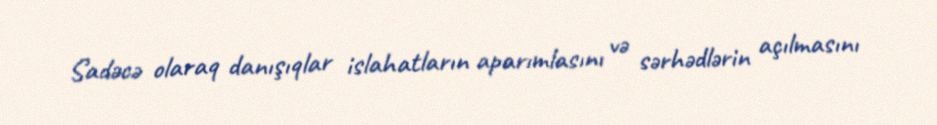
Sadəcə olaraq danışıqlar islahatların aparımlasını və sərhədlərin açılmasını